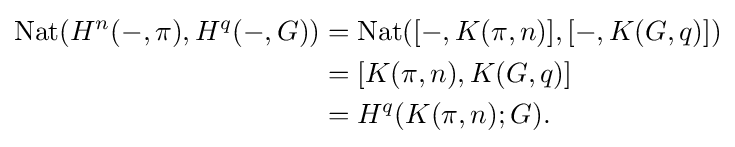
{\begin{aligned}\displaystyle \mathrm {Nat} (H^{n}(-,\pi ),H^{q}(-,G))&=\mathrm {Nat} ([-,K(\pi ,n)],[-,K(G,q)])\\&=[K(\pi ,n),K(G,q)]\\&=H^{q}(K(\pi ,n);G).\end{aligned}}